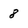
Character: 8